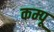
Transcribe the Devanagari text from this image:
कम्पू